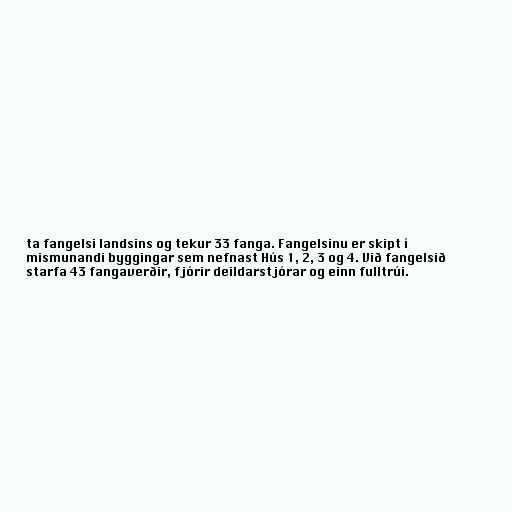
ta fangelsi landsins og tekur 33 fanga. Fangelsinu er skipt í
mismunandi byggingar sem nefnast Hús 1, 2, 3 og 4. Við fangelsið
starfa 43 fangaverðir, fjórir deildarstjórar og einn fulltrúi.